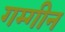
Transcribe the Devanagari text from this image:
गम्गीन